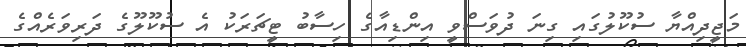
މަޖީދިއްޔާ ސުކޫލުގައި ގިނަ ދުވަސްވީ އިންޑިއާގެ ހިސާބު ޓީޗަރަކު އެ ސުކޫލޫގެ ދަރިވަރެއްގެ